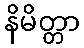
နိမိတ္တာ